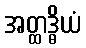
အတ္ထဒ္ဓိယံ